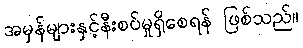
အမှန်များနှင့်နီးစပ်မှုရှိစေရန် ဖြစ်သည်။